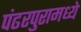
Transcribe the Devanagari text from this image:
पंढरपुरामध्ये